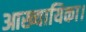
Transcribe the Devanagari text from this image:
आख्यायिका।